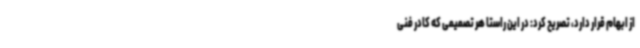
از ابهام قرار دارد، تصریح کرد: در این راستا هر تصمیمی که کادر فنی